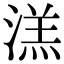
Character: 溔